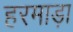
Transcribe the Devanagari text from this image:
हरमाड़ा